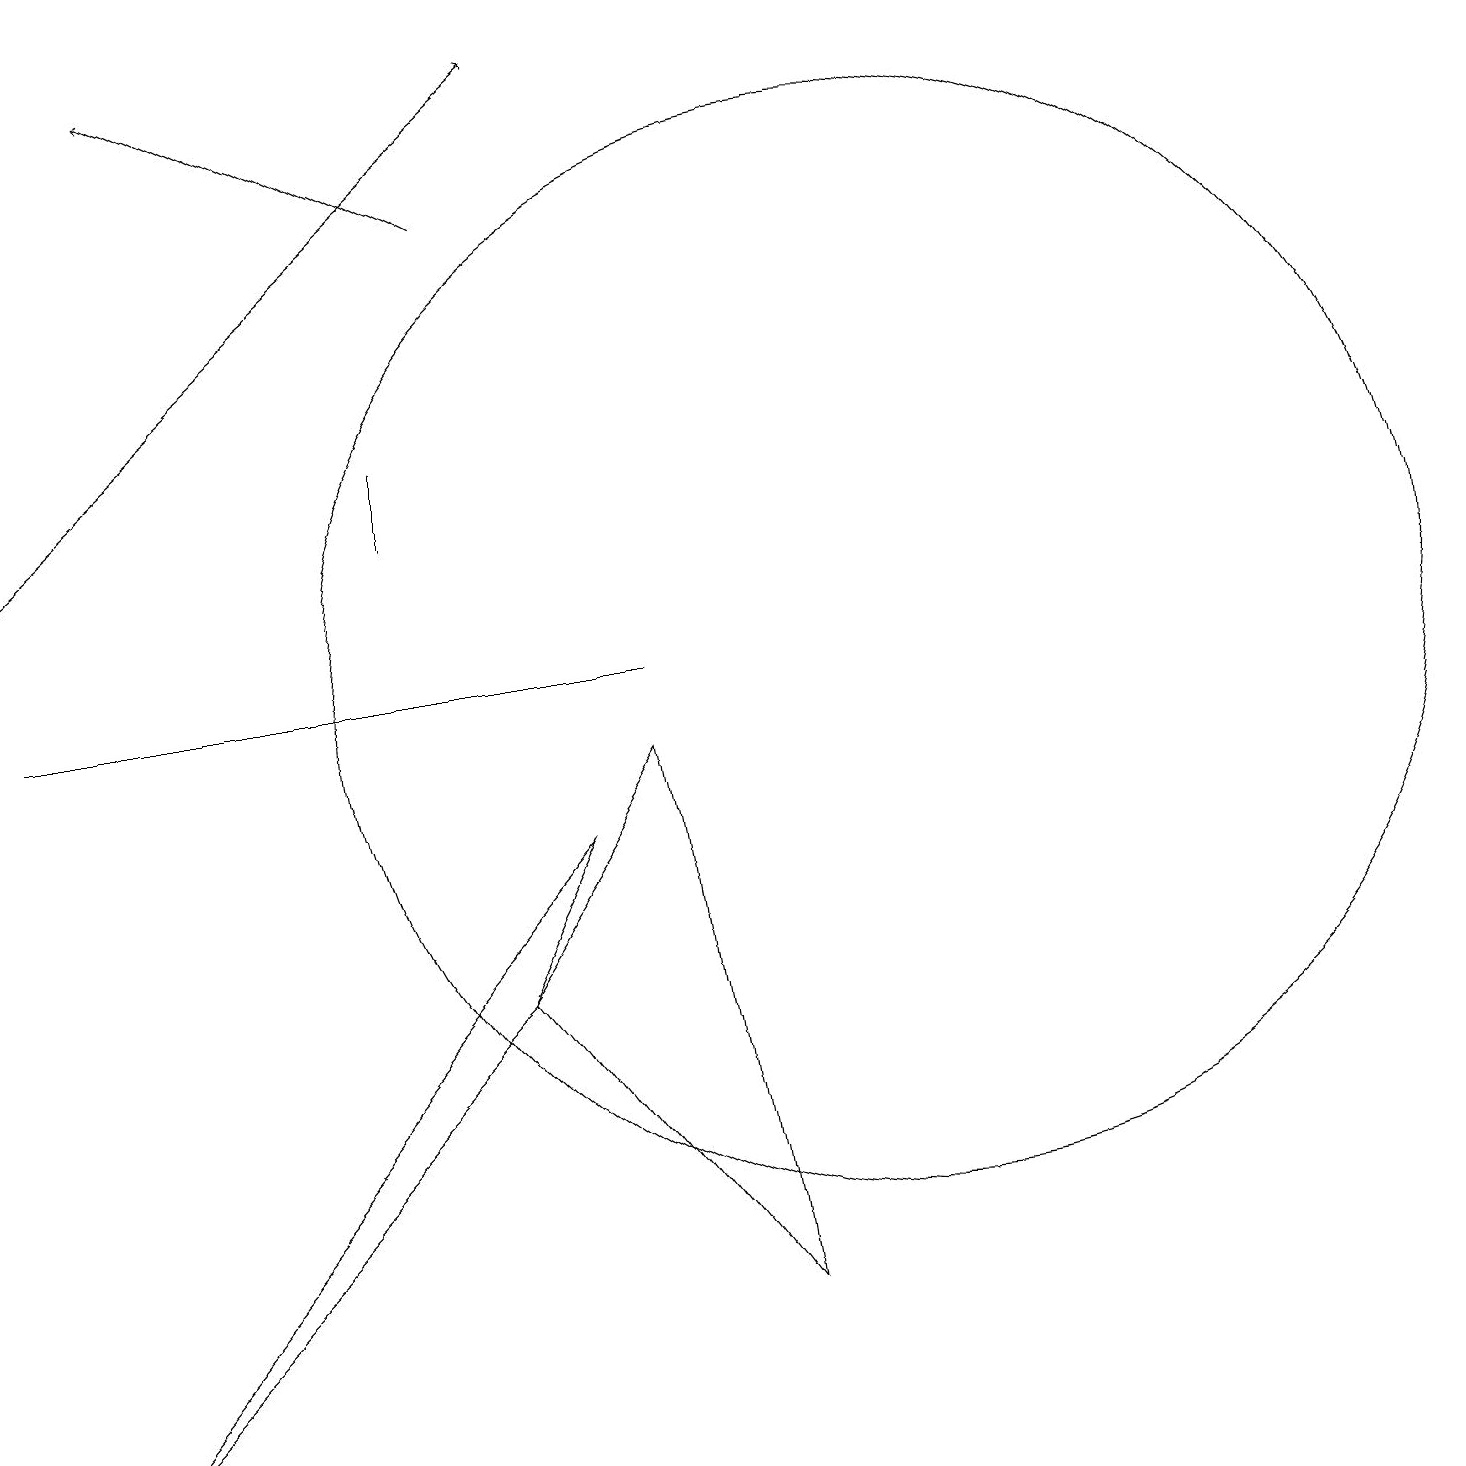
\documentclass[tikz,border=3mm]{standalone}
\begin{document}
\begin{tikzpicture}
\draw[->] (6,16) -- (2,18);
\draw (7,8) -- (0,0) -- (6,6) -- cycle;
\draw (5,13) rectangle (5,12);
\draw (11,10) circle (7);
\draw (8,10) rectangle (0,10);
\draw[->] (0,12) -- (7,18);
\draw (8,9) -- (9,2) -- (6,6) -- cycle;
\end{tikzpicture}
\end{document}